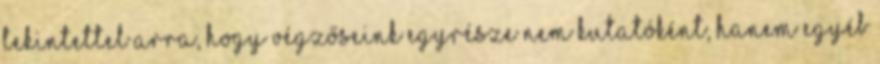
Tekintettel arra, hogy végzőseink egyrésze nem kutatóként, hanem egyéb